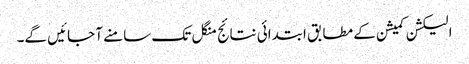
الیکشن کمیشن کے مطابق ابتدائی نتائج منگل تک سامنے آ جائیں گے۔